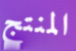
المنتج